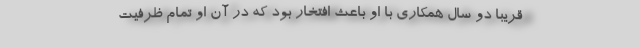
قریباً دو سال همکاری با او باعث افتخار بود که در آن او تمام ظرفیت